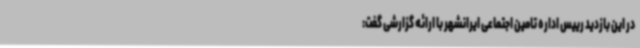
در این بازدید رییس اداره تامین اجتماعی ایرانشهر با ارائه گزارشی گفت: